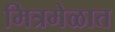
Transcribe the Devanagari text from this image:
मित्रमेळात